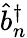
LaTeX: \hat{b}_{n}^{\dagger}